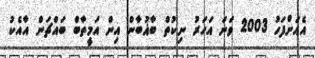
އެއަށްފަހު 2003 ވަނަ އަހަރު ނިކުތް ބާޣުބާން އިން އަމީތާބް ބައްޗަން އާއެކު